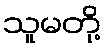
သူမတို့